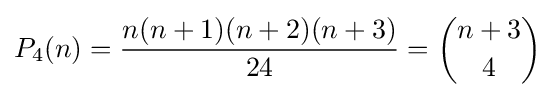
P_{4}(n)={\frac {n(n+1)(n+2)(n+3)}{24}}={\binom {n+3}{4}}